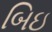
બિઇ